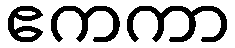
ဧကကာ